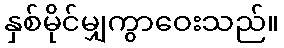
နှစ်မိုင်မျှကွာဝေးသည်။